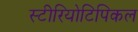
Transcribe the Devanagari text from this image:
स्टीरियोटिपिकल